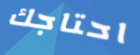
احتاجك